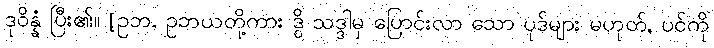
ဒုဝိန္နံ ပြီး၏။ [ဥဘ, ဥဘယတို့ကား ဒွိ သဒ္ဒါမှ ပြောင်းလာ သော ပုဒ်များ မဟုတ်, ပင်ကို